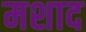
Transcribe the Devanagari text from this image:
मशाद